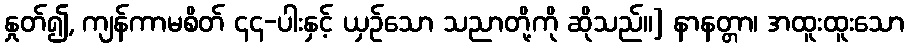
နှုတ်၍, ကျန်ကာမစိတ် ၄၄-ပါးနှင့် ယှဉ်သော သညာတို့ကို ဆိုသည်။] နာနတ္တာ၊ အထူးထူးသော